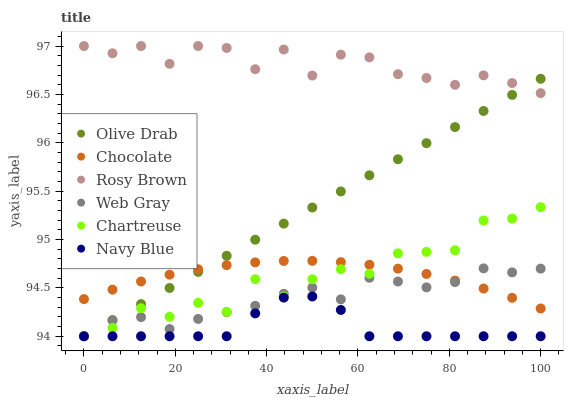
| xaxis_label | Olive Drab | Chocolate | Rosy Brown | Web Gray | Chartreuse | Navy Blue |
 | --- | --- | --- | --- | --- | --- | --- |
 | 0 | 94 | 94.4 | 97 | 94 | 94 | 94 |
 | 6.25 | 94.2 | 94.5 | 96.9 | 94.2 | 94.1 | 94 |
 | 12.5 | 94.3 | 94.6 | 97 | 94.2 | 94.3 | 94 |
 | 18.8 | 94.5 | 94.6 | 96.8 | 94.1 | 94.2 | 94 |
 | 25 | 94.7 | 94.7 | 97 | 94.2 | 94.3 | 94 |
 | 31.2 | 94.8 | 94.7 | 97 | 94.2 | 94.3 | 94 |
 | 37.5 | 95 | 94.8 | 96.8 | 94.3 | 94.6 | 94.2 |
 | 43.8 | 95.2 | 94.8 | 97 | 94.4 | 94.4 | 94.4 |
 | 50 | 95.3 | 94.8 | 96.7 | 94.5 | 94.6 | 94.4 |
 | 56.2 | 95.5 | 94.8 | 96.9 | 94.4 | 94.7 | 94.3 |
 | 62.5 | 95.7 | 94.7 | 96.9 | 94.6 | 94.6 | 94 |
 | 68.8 | 95.8 | 94.7 | 96.7 | 94.6 | 94.9 | 94 |
 | 75 | 96 | 94.6 | 96.7 | 94.5 | 94.9 | 94 |
 | 81.2 | 96.2 | 94.6 | 96.6 | 94.6 | 94.9 | 94 |
 | 87.5 | 96.3 | 94.5 | 96.7 | 94.7 | 95.2 | 94 |
 | 93.8 | 96.5 | 94.4 | 96.6 | 94.7 | 95.2 | 94 |
 | 100 | 96.7 | 94.3 | 96.5 | 94.7 | 95.3 | 94 |